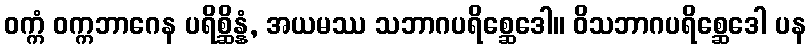
ဝက္ကံ ဝက္ကဘာဂေန ပရိစ္ဆိန္နံ, အယမဿ သဘာဂပရိစ္ဆေဒေါ။ ဝိသဘာဂပရိစ္ဆေဒေါ ပန